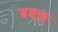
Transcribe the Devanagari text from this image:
बढक